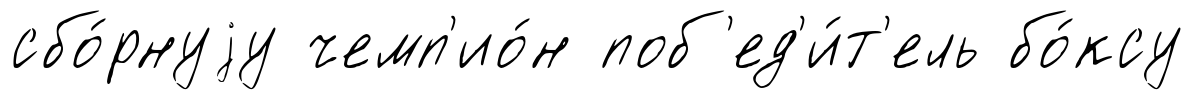
сбо́рнуjу чемп'ио́н поб'ед'и́т'ель бо́ксу